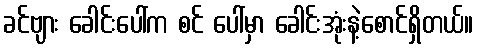
ခင်ဗျား ခေါင်းပေါ်က စင် ပေါ်မှာ ခေါင်းအုံးနဲ့စောင်ရှိတယ်။